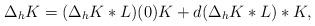
LaTeX: \begin{align*}\Delta_h K&= (\Delta_h K*L)(0) K + d(\Delta_h K*L)*K, \end{align*}